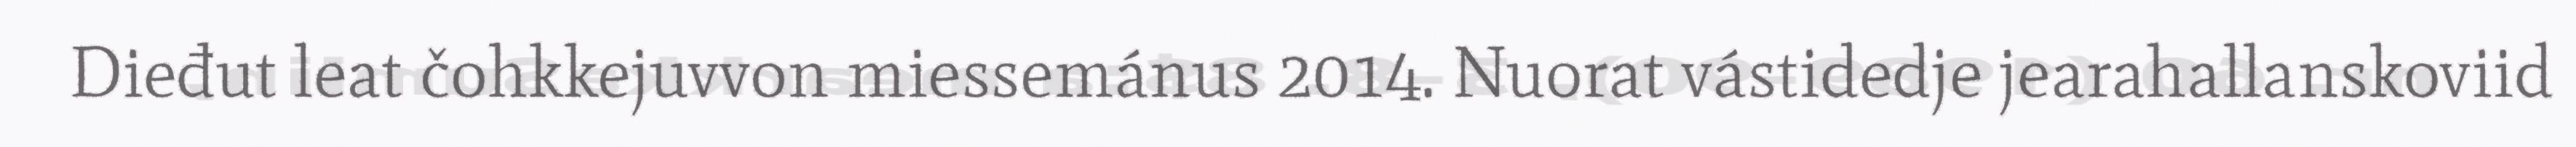
Dieđut leat čohkkejuvvon miessemánus 2014. Nuorat vástidedje jearahallanskoviid